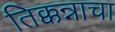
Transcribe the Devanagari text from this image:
तिक्कन्नाचा